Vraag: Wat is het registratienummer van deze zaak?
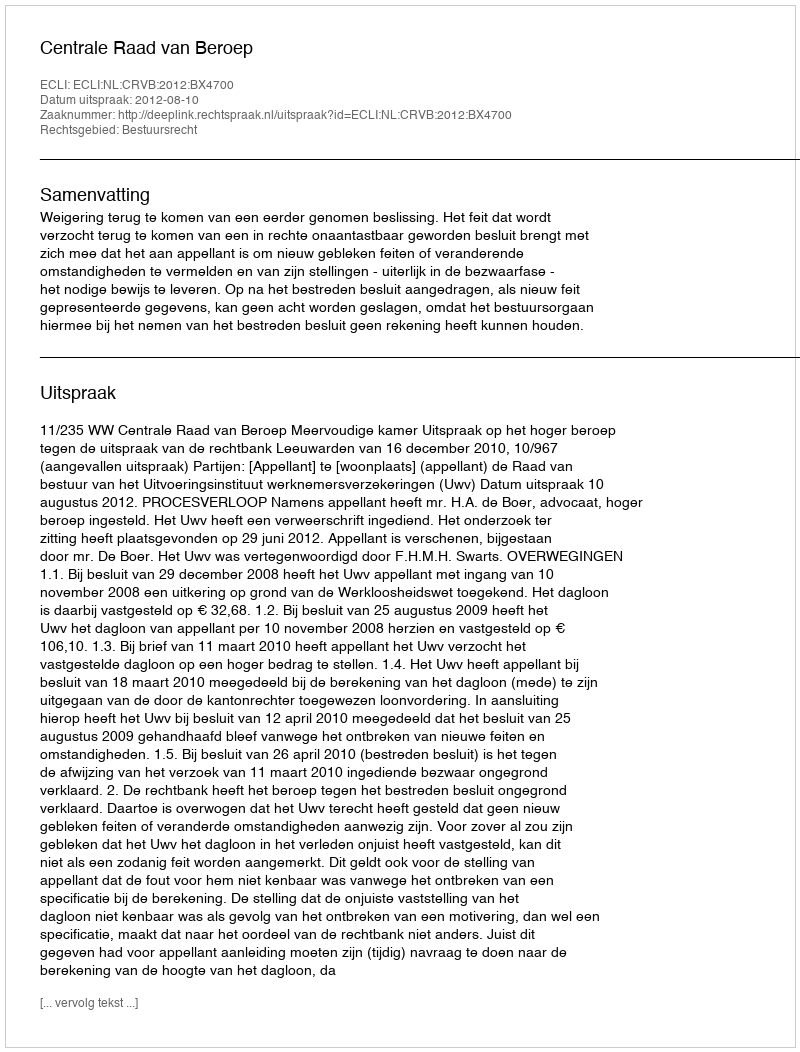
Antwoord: http://deeplink.rechtspraak.nl/uitspraak?id=ECLI:NL:CRVB:2012:BX4700